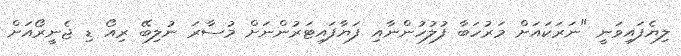
ލިޔެފައިވަނީ "ނަރަކައަށް މަރުހަބާ ފުލުހުންނާއި ފަޔާފައިޓަރުންނަށް މުސާރަ ނުލިބޭ ރިއޯ ޑި ޖެނީރޯއަށް